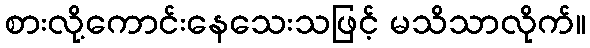
စားလို့ကောင်းနေသေးသဖြင့် မသိသာလိုက်။